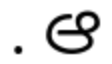
. ఆ